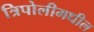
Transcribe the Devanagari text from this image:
त्रिपोलीमधील